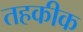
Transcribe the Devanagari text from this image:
तहकीक